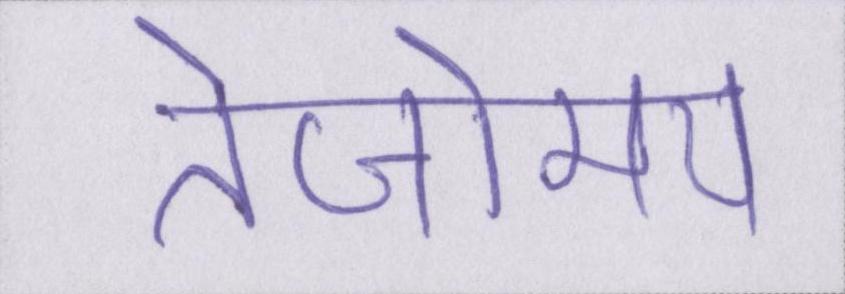
तेजोमय